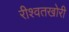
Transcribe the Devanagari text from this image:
रीश्वतखोरी